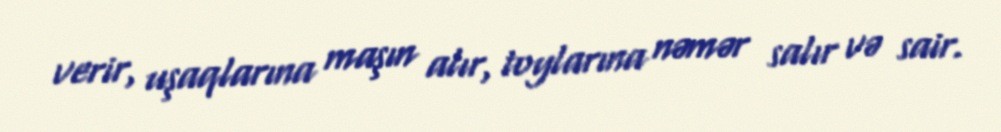
verir, uşaqlarına maşın alır, toylarına nəmər salır və sair.